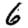
Digit: 6